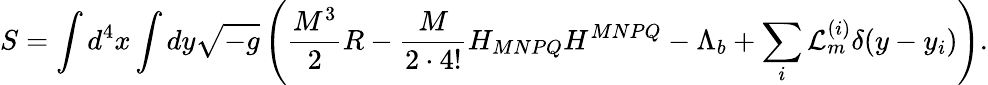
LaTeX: S=\int d^{4}x\int dy\sqrt{-g}\left(\frac{M^{3}}{2}R-\frac{M}{2\cdot 4!}H_{MNPQ}H^{MNPQ}-\Lambda_{b}+\sum_{i}{\cal L}_{m}^{(i)}\delta(y-y_{i})\right).